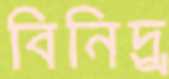
বিনিদ্র্র